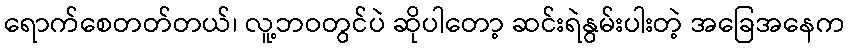
ရောက်စေတတ်တယ်၊ လူ့ဘဝတွင်ပဲ ဆိုပါတော့ ဆင်းရဲနွမ်းပါးတဲ့ အခြေအနေက